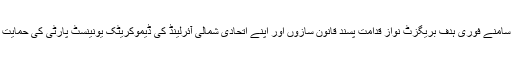
تھریسا مے کے سامنے فوری ہدف بریگزٹ نواز قدامت پسند قانون سازوں اور اپنے اتحادی شمالی آئرلینڈ کی ڈیموکریٹک یونینسٹ پارٹی کی حمایت حاصل کرنا ہے۔